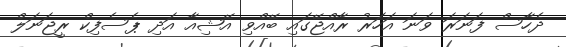
ދެހާސް ފަނަރަ ވަނަ އަހަރު ރާއްޖޭގައި ބޭއްވި އޭޝިއާ އަދި ޕެސެފިކް ރީޖަނަލް